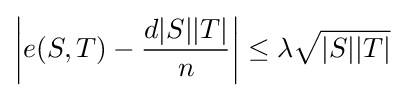
\left|e(S,T)-{\frac {d|S||T|}{n}}\right|\leq \lambda {\sqrt {|S||T|}}